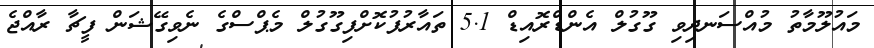
މައުލޫމާތު މުއްސަނދިވި ގޫގުލް އެންޑްރޮއިޑް 5.1 ތައާރުފުކޮށްފިގޫގުލް މެޕްސްގެ ނެވިގޭޝަން ފީޗާ ރާއްޖެ